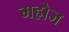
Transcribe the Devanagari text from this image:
महोज